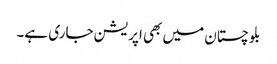
بلوچستان میں بھی اپریشن جاری ہے۔